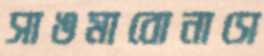
সাঙমাবোনাসে